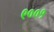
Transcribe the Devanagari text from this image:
९००१